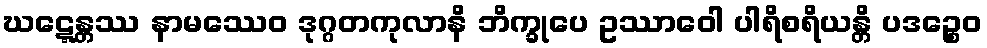
ဃဋ္ဋေန္တဿ နာမဿေဝ ဒုဂ္ဂတကုလာနိ ဘိက္ခုပေ ဥဿာဝေါ ပါရိစရိယန္တိ ပဒဉ္စေဝ